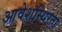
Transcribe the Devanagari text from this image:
आवेशस्थिरता